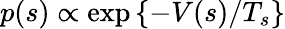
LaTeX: p(s)\propto\exp\left\{ -V(s)/T_{s}\right\}